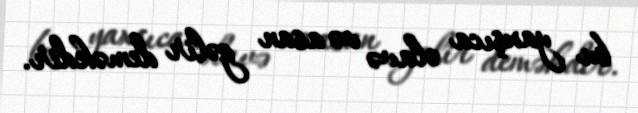
bu yaxşıca əlavə və asan gəlir deməkdir.